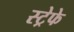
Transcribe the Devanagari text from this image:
स्ट्रेफे